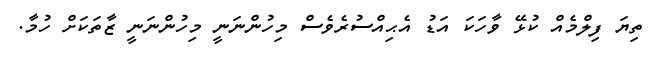
ތިޔަ ފިލްމެއް ކުޅޭ ވާހަކަ އަޑު އެޙިއްސުރެވެސް މިހުންނަނީ މިހުންނަނީ ޒާތަކަށް ހުމާ.